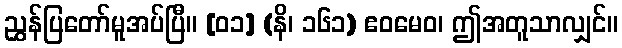
ညွှန်ပြတော်မူအပ်ပြီ။ [၀၁] (နိ၊ ၁၆၁) ဧဝမေဝ၊ ဤအတူသာလျှင်။